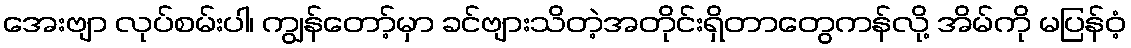
အေးဗျာ လုပ်စမ်းပါ၊ ကျွန်တော့်မှာ ခင်ဗျားသိတဲ့အတိုင်းရှိတာတွေကန်လို့ အိမ်ကို မပြန်ဝံ့